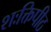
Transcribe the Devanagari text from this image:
शःक्तिपीठ